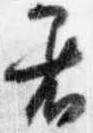
着